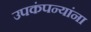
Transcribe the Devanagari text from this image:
उपकंपन्यांना